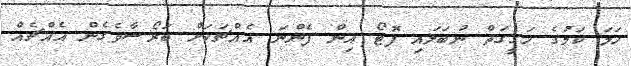
ހަމަ ކަމުގެ ހަގީގަތް ނުބަލައި ފޮޓޯ އިން ފެންނަ އެއްޗަކަށް ބަރޯސާވެގެން އެއްޗެއް